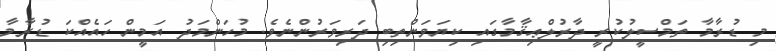
މި ޑުރާމާ ތަމްސީލުކުރީ ދާރުލްޢިޤާމާގައި ކިޔަވަންތިބި ދަރިވަރުންނެވެ. މުހަންމަދު އަމީން ހައެއްކަ ޑުރާމާ